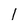
Character: I